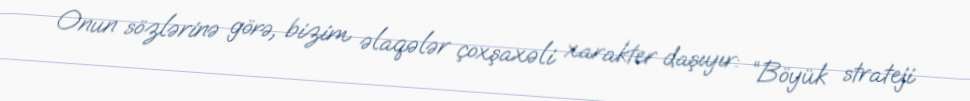
Onun sözlərinə görə, bizim əlaqələr çoxşaxəli xarakter daşıyır: “Böyük strateji